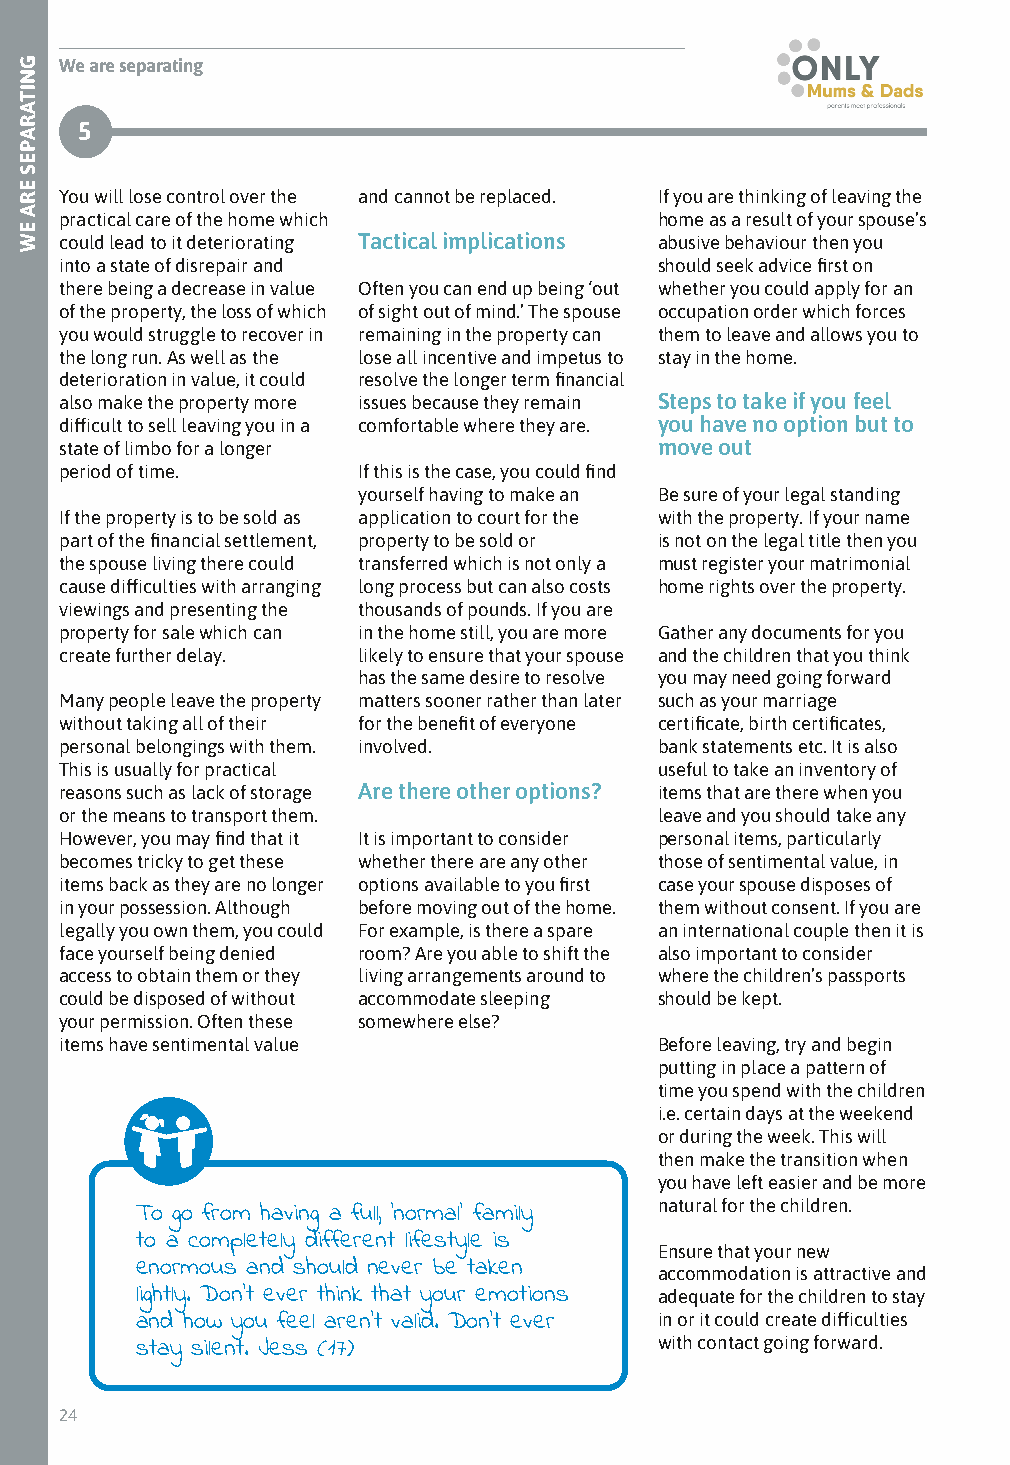
We are separating
 5
 You will lose control over the and cannot be replaced. If you are thinking of leaving the
 practical care of the home which        home as a result of your spouse’s
 could lead to it deteriorating Tactical implications abusive behaviour then you
 into a state of disrepair and           should seek advice first on
 there being a decrease in value Often you can end up being ‘out whether you could apply for an
 of the property, the loss of which of sight out of mind.’ The spouse occupation order which forces
 you would struggle to recover in remaining in the property can them to leave and allows you to
 the long run. As well as the lose all incentive and impetus to stay in the home.
 deterioration in value, it could resolve the longer term financial
 also make the property more issues because they remain Steps to take if you feel
 difficult to sell leaving you in a comfortable where they are. you have no option but to
 state of limbo for a longer             move out
 period of time.     If this is the case, you could find
 yourself having to make an Be sure of your legal standing
 If the property is to be sold as application to court for the with the property. If your name
 part of the financial settlement, property to be sold or is not on the legal title then you
 the spouse living there could transferred which is not only a must register your matrimonial
 cause difficulties with arranging long process but can also costs home rights over the property.
 viewings and presenting the thousands of pounds. If you are
 property for sale which can in the home still, you are more Gather any documents for you
 create further delay. likely to ensure that your spouse and the children that you think
 has the same desire to resolve you may need going forward
 Many people leave the property matters sooner rather than later such as your marriage
 without taking all of their for the benefit of everyone certificate, birth certificates,
 personal belongings with them. involved. bank statements etc. It is also
 This is usually for practical           useful to take an inventory of
 reasons such as lack of storage Are there other options? items that are there when you
 or the means to transport them.         leave and you should take any
 However, you may find that it It is important to consider personal items, particularly
 becomes tricky to get these whether there are any other those of sentimental value, in
 items back as they are no longer options available to you first case your spouse disposes of
 in your possession. Although before moving out of the home. them without consent. If you are
 legally you own them, you could For example, is there a spare an international couple then it is
 face yourself being denied room? Are you able to shift the also important to consider
 access to obtain them or they living arrangements around to where the children’s passports
 could be disposed of without accommodate sleeping should be kept.
 your permission. Often these somewhere else?
 items have sentimental value            Before leaving, try and begin
 putting in place a pattern of
 time you spend with the children
 i.e. certain days at the weekend
 or during the week. This will
 then make the transition when
 you have left easier and be more
 natural for the children.
 To go from having a full, ‘normal’ family
 to a completely different lifestyle is
 Ensure that your new
 enormous and should never be taken accommodation is attractive and
 lightly. Don’t ever think that your emotions adequate for the children to stay
 and how you feel aren’t valid. Don’t ever in or it could create difficulties
 stay silent. Jess (17)
 with contact going forward.
 24
 GNITARAPES
 ERA
 EW